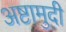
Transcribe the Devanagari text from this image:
अष्टामुदी